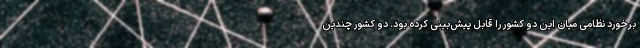
برخورد نظامی میان این دو کشور را قابل پیش‌بینی کرده بود. دو کشور چندین